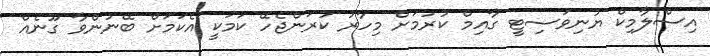
އިސްލާމިކް ޔުނިވަސިޓީ ގާއިމް ކުރުމަށް މިހާރު ކުރަންޖެހޭ ކަމަކީ އެކަމަށް ބޭނުންވާ ގޫނެއް